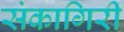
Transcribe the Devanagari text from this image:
संकागिरी